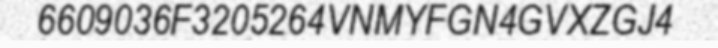
6609036F3205264VNMYFGN4GVXZGJ4